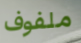
ملفوف